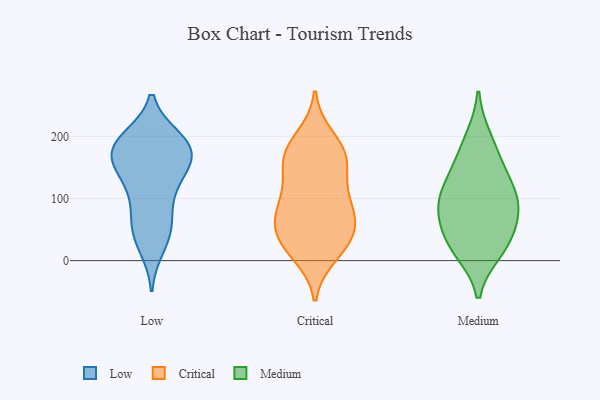
{"axis": {"x": "Waste Production (Tons)", "y": "Value"}, "legend": ["Critical", "Low", "Medium"], "data": [{"x": "", "y": 23, "type": "Low"}, {"x": "", "y": 191, "type": "Low"}, {"x": "", "y": 65, "type": "Low"}, {"x": "", "y": 193, "type": "Low"}, {"x": "", "y": 126, "type": "Low"}, {"x": "", "y": 182, "type": "Low"}, {"x": "", "y": 195, "type": "Low"}, {"x": "", "y": 142, "type": "Low"}, {"x": "", "y": 91, "type": "Low"}, {"x": "", "y": 42, "type": "Low"}, {"x": "", "y": 172, "type": "Low"}, {"x": "", "y": 171, "type": "Low"}, {"x": "", "y": 52, "type": "Low"}, {"x": "", "y": 172, "type": "Low"}, {"x": "", "y": 126, "type": "Low"}, {"x": "", "y": 165, "type": "Low"}, {"x": "", "y": 59, "type": "Critical"}, {"x": "", "y": 61, "type": "Critical"}, {"x": "", "y": 10, "type": "Critical"}, {"x": "", "y": 198, "type": "Critical"}, {"x": "", "y": 87, "type": "Critical"}, {"x": "", "y": 151, "type": "Critical"}, {"x": "", "y": 59, "type": "Critical"}, {"x": "", "y": 78, "type": "Critical"}, {"x": "", "y": 24, "type": "Critical"}, {"x": "", "y": 180, "type": "Critical"}, {"x": "", "y": 171, "type": "Critical"}, {"x": "", "y": 159, "type": "Critical"}, {"x": "", "y": 164, "type": "Critical"}, {"x": "", "y": 108, "type": "Critical"}, {"x": "", "y": 27, "type": "Critical"}, {"x": "", "y": 107, "type": "Critical"}, {"x": "", "y": 31, "type": "Critical"}, {"x": "", "y": 62, "type": "Medium"}, {"x": "", "y": 196, "type": "Medium"}, {"x": "", "y": 96, "type": "Medium"}, {"x": "", "y": 24, "type": "Medium"}, {"x": "", "y": 16, "type": "Medium"}, {"x": "", "y": 134, "type": "Medium"}, {"x": "", "y": 164, "type": "Medium"}, {"x": "", "y": 32, "type": "Medium"}, {"x": "", "y": 117, "type": "Medium"}, {"x": "", "y": 84, "type": "Medium"}, {"x": "", "y": 87, "type": "Medium"}]}